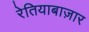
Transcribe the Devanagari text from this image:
रेतियाबाज़ार